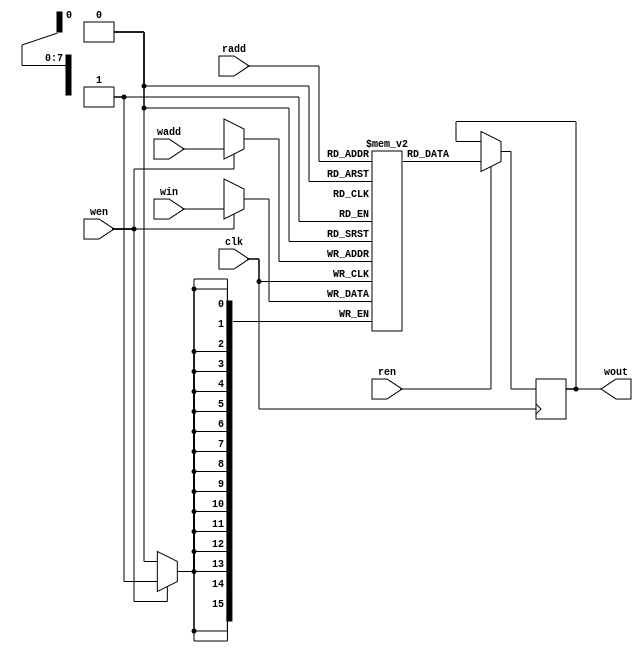
`timescale 1ns/1ps 
`default_nettype none
//`define _init_mem_


module bram_infer #(
    parameter N_ADDR = 256,
    parameter DATA_WIDTH = 16,
    parameter INIT_VALS = "w_1_15.mif"
) (
    input wire clk,
    input wire wen,
    input wire ren,
    input wire [$clog2(N_ADDR)-1:0] wadd,
    input wire [$clog2(N_ADDR)-1:0] radd,
    input wire [DATA_WIDTH-1:0]       win,
    output reg [DATA_WIDTH-1:0]  wout
);
    reg [DATA_WIDTH-1:0] mem [N_ADDR-1:0];
    `ifdef _init_mem_
        initial begin
            $readmemh(INIT_VALS, mem);    //read bnary file and initialize
        end
    `else
		integer i;
		initial begin
			for(i=0; i<N_ADDR; i=i+1)begin
				mem[i] = 0;
			end
		end
        always@(posedge clk)begin
            if(wen)begin
                mem[wadd] <= win;
            end
        end
    `endif

    always@(posedge clk)begin
        if(ren)begin
            wout <= mem[radd];
        end
    end
   
endmodule